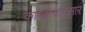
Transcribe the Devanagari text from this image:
कार्यक्षेत्रानुसार